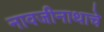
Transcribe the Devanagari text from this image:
नावजीनाथाचे